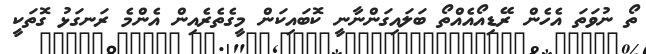
ތޯ ނުވަތަ އެހެން ރޭޑިއޯއެއްތޯ ބަލައިގަންނާނީ ކޮބައިކަން މީގެތެރެއިން އެންމެ ރަނގަޅު ގޮތަކީ